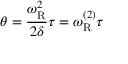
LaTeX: \theta = { \frac { \omega _ { \mathrm { R } } ^ { 2 } } { 2 \delta } } \tau = \omega _ { \mathrm { R } } ^ { ( 2 ) } \tau